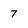
Character: 7